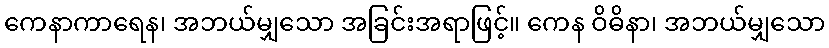
ကေနာကာရေန၊ အဘယ်မျှသော အခြင်းအရာဖြင့်။ ကေန ဝိဓိနာ၊ အဘယ်မျှသော